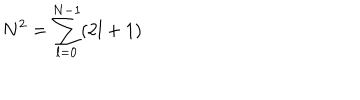
N ^ { 2 } = \sum _ { l = 0 } ^ { N - 1 } ( 2 l + 1 )